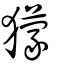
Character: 獴